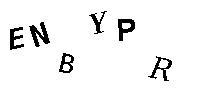
ENBYPR